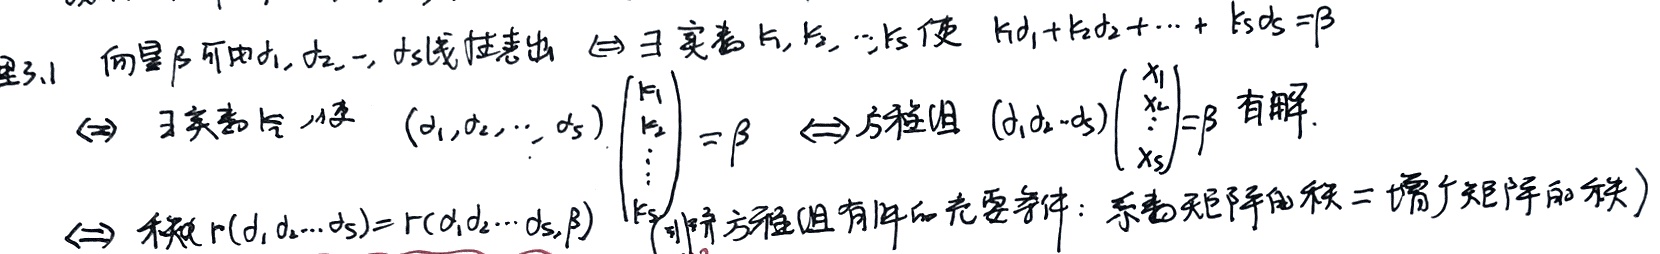
定理3.1 向量\(\beta\)可由\(\alpha_1,\alpha_2,\cdots,\alpha_s\)线性表出 \(\Leftrightarrow\) \(\exists\) 实数 \(k_1,k_2,\cdots,k_s\) 使 \(k_1\alpha_1 + k_2\alpha_2+\cdots + k_s\alpha_s=\beta\)

\(\Leftrightarrow\) \(\exists\) 实数 \(k_i\) 使 \((\alpha_1,\alpha_2,\cdots,\alpha_s)\begin{pmatrix}k_1\\k_2\\\vdots\\k_s\end{pmatrix}=\beta\) \(\Leftrightarrow\) 方程组 \((\alpha_1\alpha_2\cdots\alpha_s)\begin{pmatrix}x_1\\x_2\\\vdots\\x_s\end{pmatrix}=\beta\) 有解.

\(\Leftrightarrow\) 秩 \(r(\alpha_1,\alpha_2,\cdots,\alpha_s)=r(\alpha_1,\alpha_2,\cdots,\alpha_s,\beta)\) （非齐方程组有解的充要条件：系数矩阵的秩 = 增广矩阵的秩）